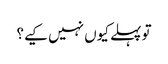
تو پہلے کیوں نہیں کیے؟